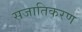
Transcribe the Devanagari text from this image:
सजातिकरण